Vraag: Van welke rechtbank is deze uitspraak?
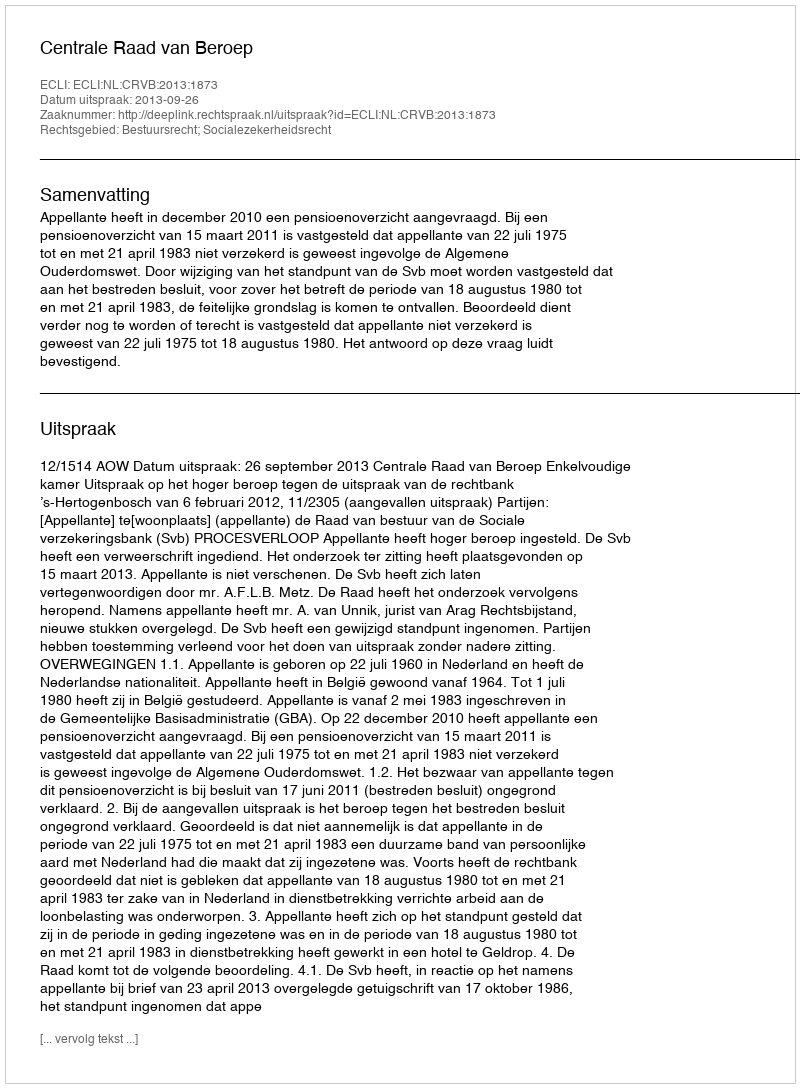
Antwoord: Centrale Raad van Beroep